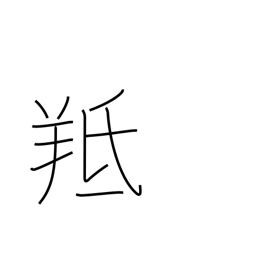
Meaning: male sheep